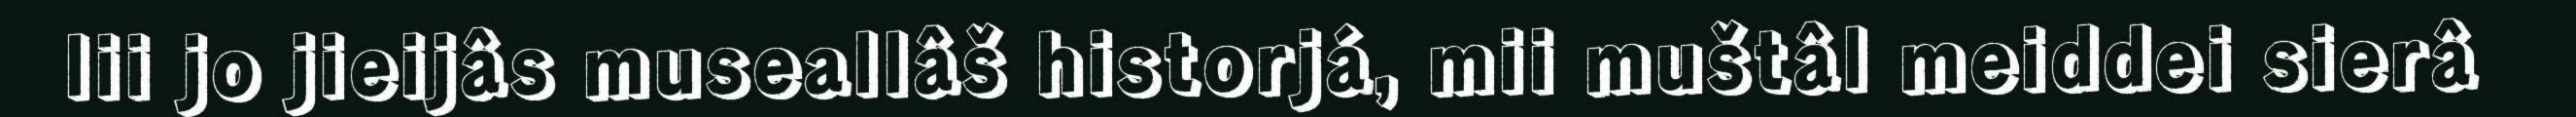
lii jo jieijâs museallâš historjá, mii muštâl meiddei sierâ